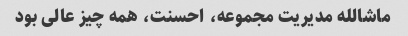
ماشالله مدیریت مجموعه، احسنت، همه چیز عالی بود